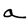
Character: a